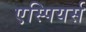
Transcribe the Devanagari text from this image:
एस्पियर्स